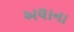
અલાના